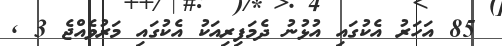
85 އަހަރު އެކުގައި އުޅުނު ދެމަފިރިއަކު އެކުގައި މަރުވެއްޖެ 3